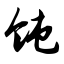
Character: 饨